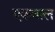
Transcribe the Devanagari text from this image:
एकवाल